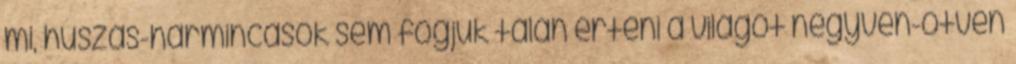
mi, huszas-harmincasok sem fogjuk talán érteni a világot negyven-ötven